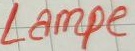
Text: Lampe